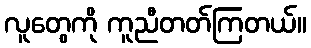
လူတွေကို ကူညီတတ်ကြတယ်။